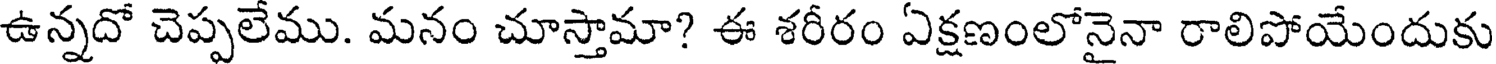
ఉన్నదో చెప్పలేము. మనం చూస్తామా? ఈ శరీరం ఏక్షణంలోనైనా రాలిపోయేందుకు